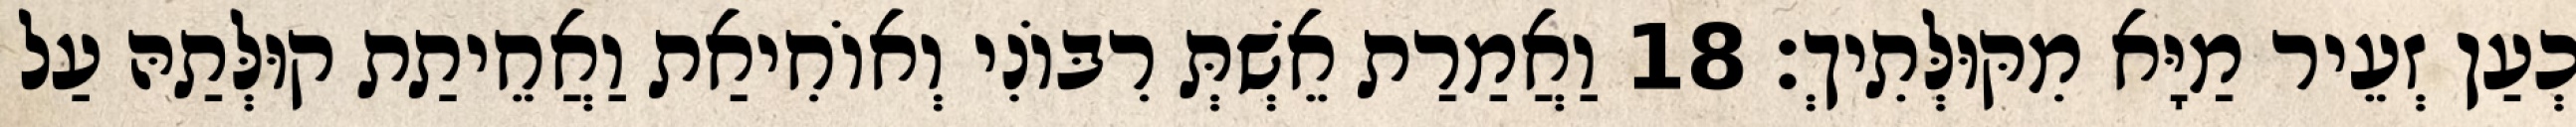
כְעַן זְעֵיר מַיָּא מִקּוּלְּתִיךְ׃ 18 וַאֲמַרַת אֵשְׁתְּ רִבּוֹנִי וְאוֹחִיאַת וַאֲחֵיתַת קוּלְּתַהּ עַל